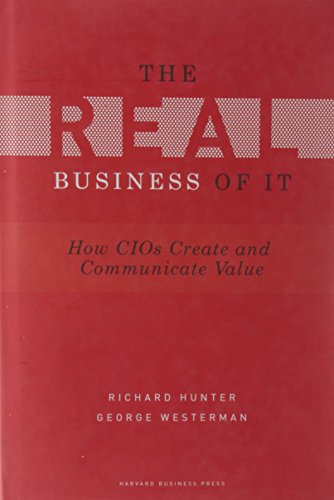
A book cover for Real Business of IT: How CIOs Create and Communicate Value; Richard Hunter; Business & Money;